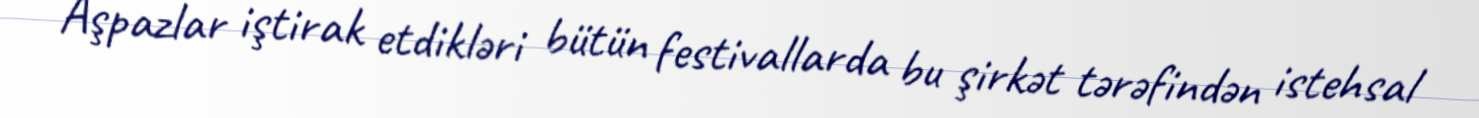
Aşpazlar iştirak etdikləri bütün festivallarda bu şirkət tərəfindən istehsal